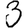
Digit: 3